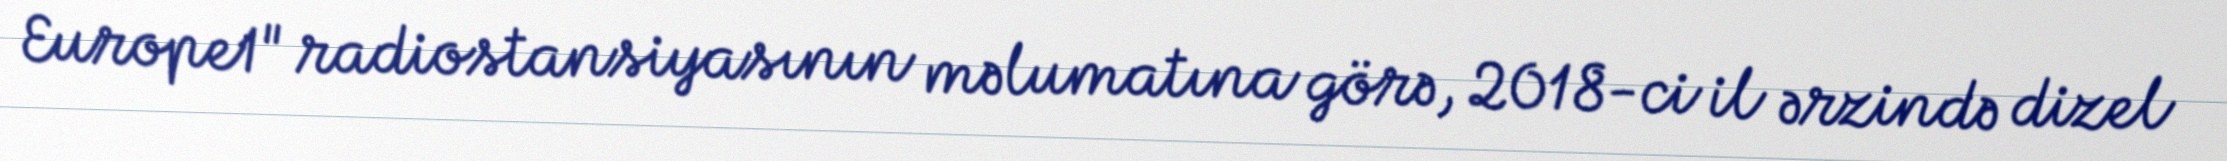
Europe1" radiostansiyasının məlumatına görə, 2018-ci il ərzində dizel